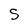
Character: S